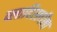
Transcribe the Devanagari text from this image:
व्लादिस्लॉला